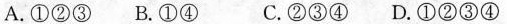
A. ①②③ B. ①④ C. ②③④ D. ①②③④